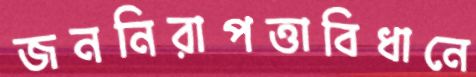
জননিরাপত্তাবিধানে